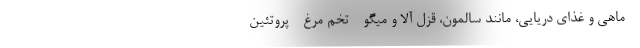
- ماهی و غذای دریایی، مانند سالمون، قزل آلا و میگو - تخم مرغ - پروتئین